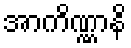
အာကိဏ္ဏာနိ